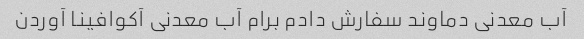
آب معدنی دماوند سفارش دادم برام آب معدنی آکوافینا آوردن